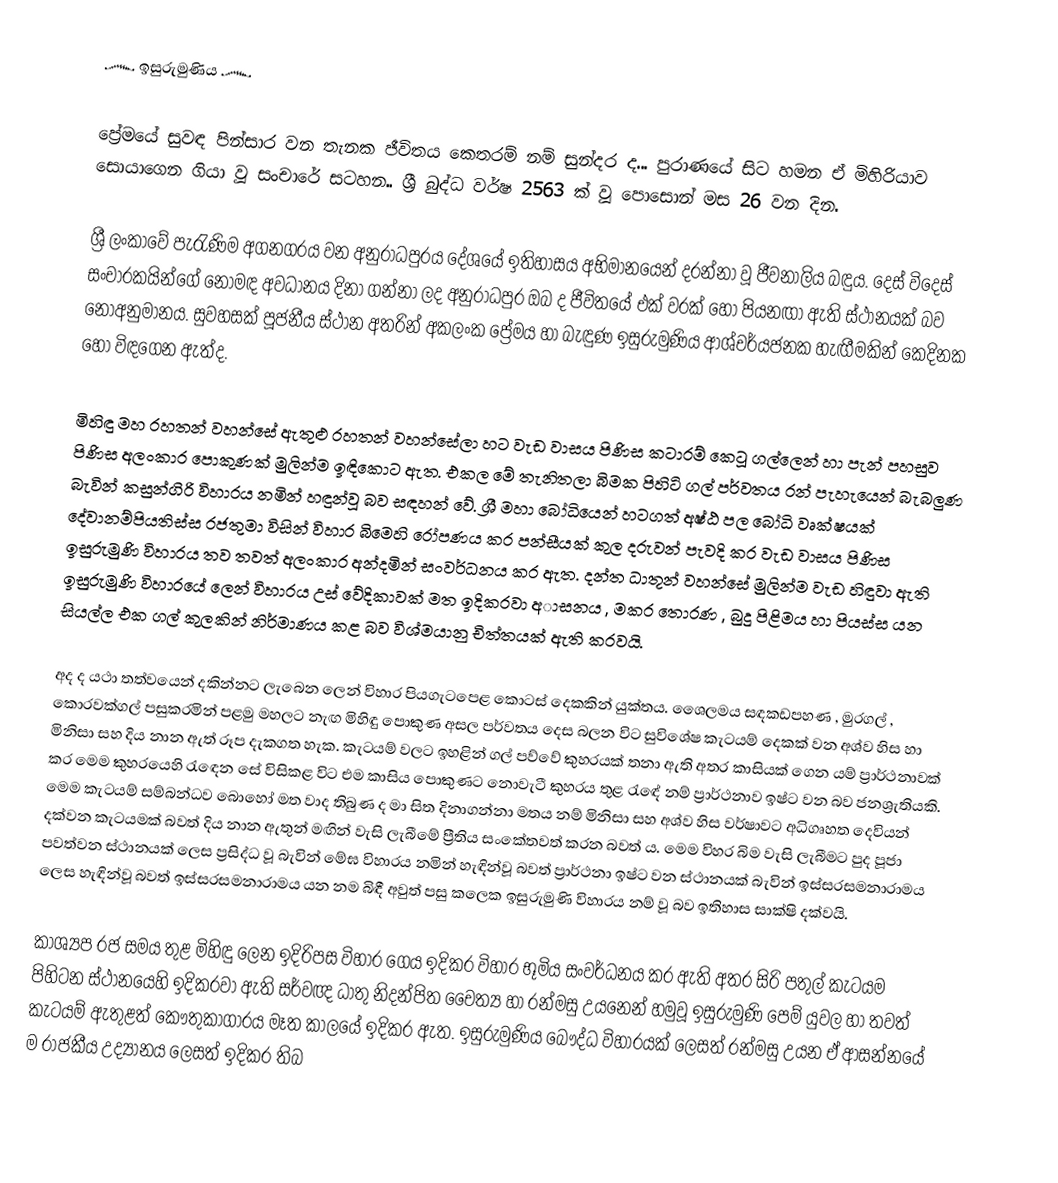
෴ ඉසුරුමුණිය ෴

  ප්‍රේමයේ සුවඳ පින්සාර වන තැනක ජීවිතය කෙතරම් නම් සුන්දර ද... පුරාණයේ සිට හමන ඒ මිහිරියාව සොයාගෙන ගියා වූ සංචාරේ සටහන.. ශ්‍රී බුද්ධ වර්ෂ 2563 ක් වූ පොසොන් මස 26 වන දින.

   ශ්‍රී ලංකාවේ පැරැණිම අගනගරය වන අනුරාධපුරය දේශයේ ඉතිහාසය අභිමානයෙන් දරන්නා වූ ජීවනාලිය බඳුය. දෙස් විදෙස් සංචාරකයින්ගේ නොමඳ අවධානය දිනා ගන්නා ලද අනුරාධපුර ඔබ ද ජීවිතයේ එක් වරක් හෝ පියනඟා ඇති ස්ථානයක් බව නොඅනුමානය. සුවහසක් පූජනීය ස්ථාන අතරින් අකලංක ප්‍රේමය හා බැඳුණ ඉසුරුමුණිය ආශ්චර්යජනක හැඟීමකින් කෙදිනක හෝ විඳගෙන ඇත්ද.

   මිහිඳු මහ රහතන් වහන්සේ ඇතුළු රහතන් වහන්සේලා හට වැඩ වාසය පිණිස කටාරම් කෙටූ ගල්ලෙන් හා පැන් පහසුව පිණිස අලංකාර පොකුණක් මුලින්ම ඉඳිකොට ඇත. එකල මේ තැනිතලා බිමක පිහිටි ගල් පර්වතය රන් පැහැයෙන් බැබලුණ බැවින් කසුන්ගිරි විහාරය නමින් හඳුන්වූ බව සඳහන් වේ. ශ්‍රී මහා බෝධියෙන් හටගත් අෂ්ඨ පල බෝධි වෘක්ෂයක් දේවානම්පියතිස්ස රජතුමා විසින් විහාර බිමෙහි රෝපණය කර පන්සීයක් කුල දරුවන් පැවදි කර වැඩ වාසය පිණිස ඉසුරුමුණි විහාරය තව තවත් අලංකාර අන්දමින් සංවර්ධනය කර ඇත. දන්ත ධාතූන් වහන්සේ මුලින්ම වැඩ හිඳුවා ඇති ඉසුරුමුණි විහාරයේ ලෙන් විහාරය උස් වේදිකාවක් මත ඉදිකරවා අාසනය , මකර තොරණ , බුදු පිළිමය හා පියස්ස යන සියල්ල එක ගල් කුලකින් නිර්මාණය කළ බව විශ්මයානු චිත්තයක් ඇති කරවයි.

   අද ද යථා තත්වයෙන් දකින්නට ලැබෙන ලෙන් විහාර පියගැටපෙළ කොටස් දෙකකින් යුක්තය. ශෛලමය සඳකඩපහණ , මුරගල් , කොරවක්ගල් පසුකරමින් පළමු මහලට නැඟ මිහිඳු පොකුණ අසල පර්වතය දෙස බලන විට සුවිශේෂ කැටයම් දෙකක් වන අශ්ව හිස හා මිනිසා සහ දිය නාන ඇත් රූප දැකගත හැක. කැටයම් වලට ඉහළින් ගල් පව්වේ කුහරයක් තනා ඇති අතර කාසියක් ගෙන යම් ප්‍රාර්ථනාවක් ⁣කර මෙම කුහරයෙහි රැඳෙන සේ විසිකළ විට එම කාසිය පොකුණට නොවැටී කුහරය තුළ රැඳේ නම් ප්‍රාර්ථනාව ඉෂ්ට වන බව ජනශ්‍රැතියකි. මෙම කැටයම් සම්බන්ධව බොහෝ මත වාද තිබුණ ද මා සිත දිනාගන්නා මතය නම් මිනිසා සහ අශ්ව හිස වර්ෂාවට අධිගෘහත දෙවියන් දක්වන කැටයමක් බවත් දිය නාන ඇතුන් මඟින් වැසි ලැබීමේ ප්‍රීතිය සංකේතවත් කරන බවත් ය. මෙම විහර බිම වැසි ලැබීමට පුද පූජා පවත්වන ස්ථානයක් ලෙස ප්‍රසිද්ධ වූ බැවින් මේඝ විහාරය නමින් හැඳින්වූ බවත් ප්‍රාර්ථනා ඉෂ්ට වන ස්ථානයක් බැවින් ඉස්සරසමනාරාමය ලෙස හැඳින්වූ බවත් ඉස්සරසමනාරාමය යන නම බිඳී අවුත් පසු කලෙක ඉසුරුමුණි විහාරය නම් වූ බව ඉතිහාස සාක්ෂි දක්වයි.

   කාශ්‍යප රජ සමය තුළ මිහිඳු ලෙන ඉදිරිපස විහාර ගෙය ඉදිකර විහාර භූමිය සංවර්ධනය කර ඇති අතර සිරි පතුල් කැටයම පිහිටන ස්ථානයෙහි ඉදිකරවා ඇති සර්වඥ ධාතු නිදන්පිත චෛත්‍ය හා රන්මසු උයනෙන් හමුවූ ඉසුරුමුණි පෙම් යුවල හා තවත් කැටයම් ඇතුළත් කෞතුකාගාරය මෑත කාලයේ ඉදිකර ඇත. ඉසුරුමුණිය බෞද්ධ විහාරයක් ලෙසත් රන්මසු උයන ඒ ආසන්නයේ ම රාජකීය උද්‍යානය ලෙසත් ඉදිකර තිබ